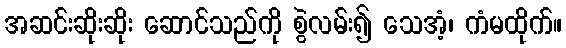
အဆင်းဆိုးဆိုး ဆောင်သည်ကို စွဲလမ်း၍ သေအံ့၊ ကံမထိုက်။